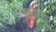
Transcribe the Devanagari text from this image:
क़ौस